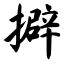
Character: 擗